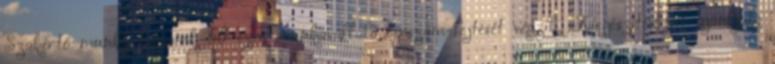
Szakértő munka-társaink 60 ezer munkavállaló bérszám-fejtését végzik. Kiegészítésként ajánljuk: